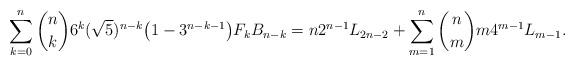
LaTeX: \begin{align*} \sum_{k=0}^{n} {n\choose k} 6^k (\sqrt{5})^{n-k} \big ( {1-3^{n-k-1}}\big )F_{k} B_{n-k}= n 2^{n-1} L_{2n-2} + \sum_{m=1}^{n} {n\choose m} m4^{m-1} L_{m-1}.\end{align*}